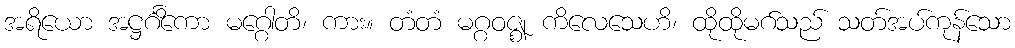
အရိယော အဋ္ဌင်္ဂိကော မဂ္ဂေါတိ၊ ကား။ တံတံ မဂ္ဂဝဇ္ဈ ကိလေသေဟိ၊ ထိုထိုမဂ်သည် သတ်အပ်ကုန်သော